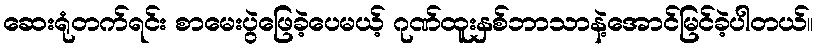
ဆေးရုံတက်ရင်း စာမေးပွဲဖြေခဲ့ပေမယ့် ဂုဏ်ထူးနှစ်ဘာသာနဲ့အောင်မြင်ခဲ့ပါတယ်။